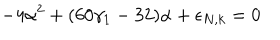
LaTeX: - 4 \alpha ^ { 2 } + ( 6 0 \gamma _ { 1 } - 3 2 ) \alpha + \epsilon _ { N , k } = 0